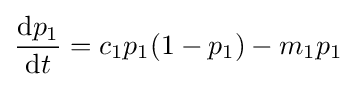
{\frac {{\text{d}}p_{1}}{{\text{d}}t}}=c_{1}p_{1}(1-p_{1})-m_{1}p_{1}